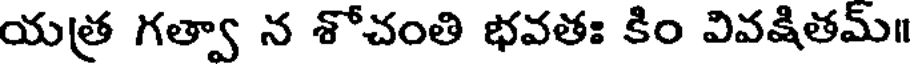
యత్ర గత్వా న శోచంతి భవతః కిం వివక్షితమ్॥